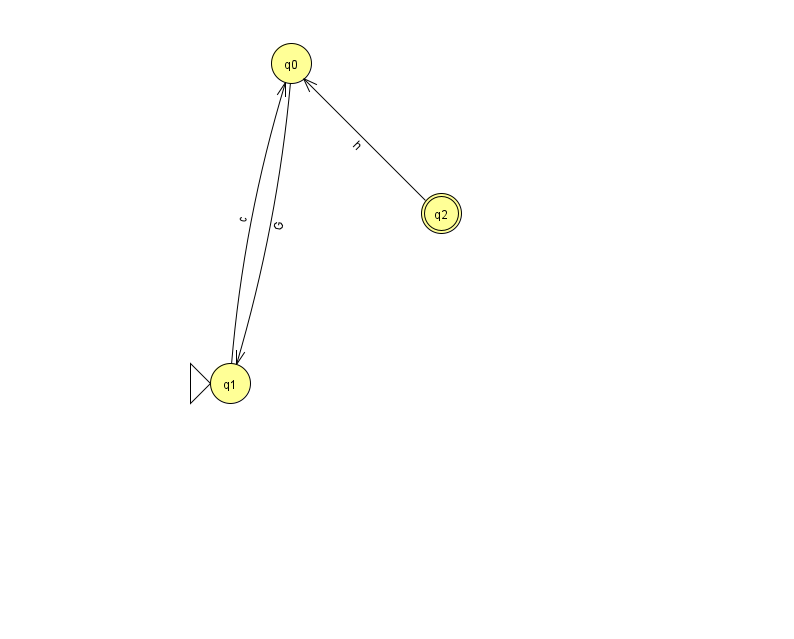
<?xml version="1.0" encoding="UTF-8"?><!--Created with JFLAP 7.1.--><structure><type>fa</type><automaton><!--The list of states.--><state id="0" name="q0"><x>291.0</x><y>50.0</y></state><state id="1" name="q1"><x>230.0</x><y>370.0</y><initial/></state><state id="2" name="q2"><x>441.0</x><y>200.0</y><final/></state><!--The list of transitions.--><transition><from>1</from><to>0</to><read>c</read></transition><transition><from>2</from><to>0</to><read>h</read></transition><transition><from>0</from><to>1</to><read>G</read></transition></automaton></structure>